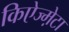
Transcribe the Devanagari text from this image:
किऐज्म़ेटा